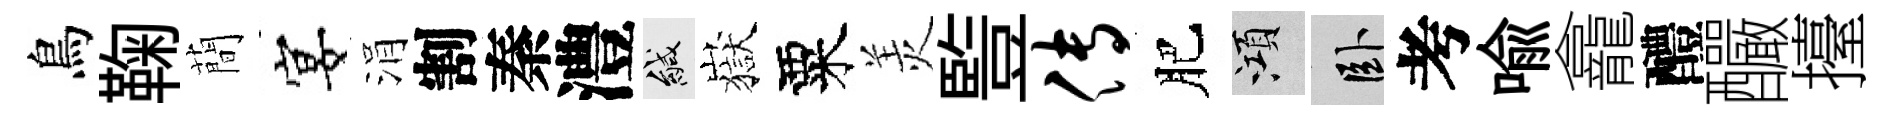
鳥鞠蕳宴涓割秦澧緘嶽粟羙䜿传肥澒卧考喩龕醴釅擡